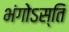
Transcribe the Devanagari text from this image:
भंगोऽस्ति